Calcutta medical institutions reports 1871-78
Year: 1871
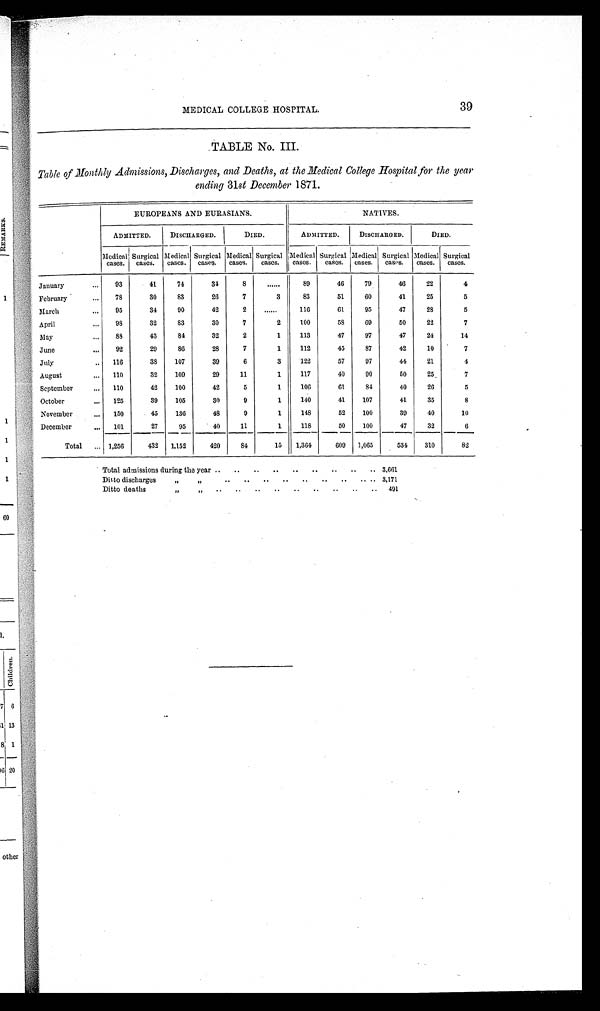
39
MEDICAL COLLEGE HOSPITAL.
TABLE No. III.
Table of Monthly Admissions, Discharges, and Deaths, at the Medical College Hospital for the year
ending 31st December 1871.
EUROPEANS AND EURASIANS.
NATIVES.
ADMITTED.
DISCHARGED.
DIED.
ADMITTED.
DISCHARGED.
DIED.
Medical
cases.
Surgical cases.
Medical
cases.
Surgical
cases.
Medical
cases.
Surgical
cases.
Medical
cases.
Surgical
cases. Medical
cases. Surgical
cases. Medical
cases.
Surgical
cases.
January
... 93
41
74
34
8
......
89
46
79
46
22
4
February
... 78
30
83
26
7
3
83
51
60
41
25
5
March
... 95
34
90
42
2
. . . . . .
116
61
95
47
28
5
April
. . . 98
32
83
30
7
2
100
58
69
50
22
7
May
... 88
43
84
32
2
1
113
47
97
47
24
14
June
... 92
29
86
28
7
1
112
45
87
42
10
7
July
.. 116
38 107
39
6
3
122
57
97
44
21
4
August
... 110
32 109
29
11
1
117
40
90
50
25
7
September
... 110
42 100
42
5
1
106
61
84
40
26
5
October
... 125
39 105
30
9
1
140
41 107
41
35
8
November
... 150
45 136
48
9
1
148
52 100
39
40
10
December
. . . 101
27
95
40
11
1
118
50 100
47
32
6
Total ... 1,256
432 1,152
420
84
15 1,364
609 1,065
534
310
82
Total admissions during the year .. .. .. .. .. .. .. .. .. 3,661
Ditto discharges
„ „
.. .. .. .. .. .. .. .. . . 3 , 1 7 1
Ditto deaths
, ,
„
. . . . . . . . . .
. . . . . .
. . 491